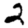
Digit: 2